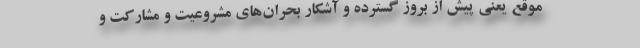
موقع یعنی پیش از بروز گسترده و آشکار بحران‌های مشروعیت و مشارکت و